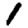
Digit: 1